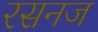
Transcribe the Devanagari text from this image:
रसनज